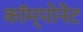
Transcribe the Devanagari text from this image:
कॉम्पोनेंट